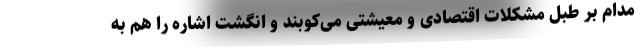
مدام بر طبل مشکلات اقتصادی و معیشتی می‌کوبند و انگشت اشاره را هم به